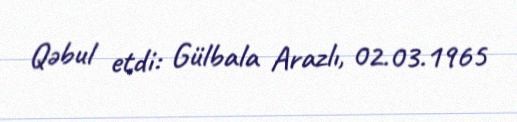
Qəbul etdi: Gülbala Arazlı, 02.03.1965